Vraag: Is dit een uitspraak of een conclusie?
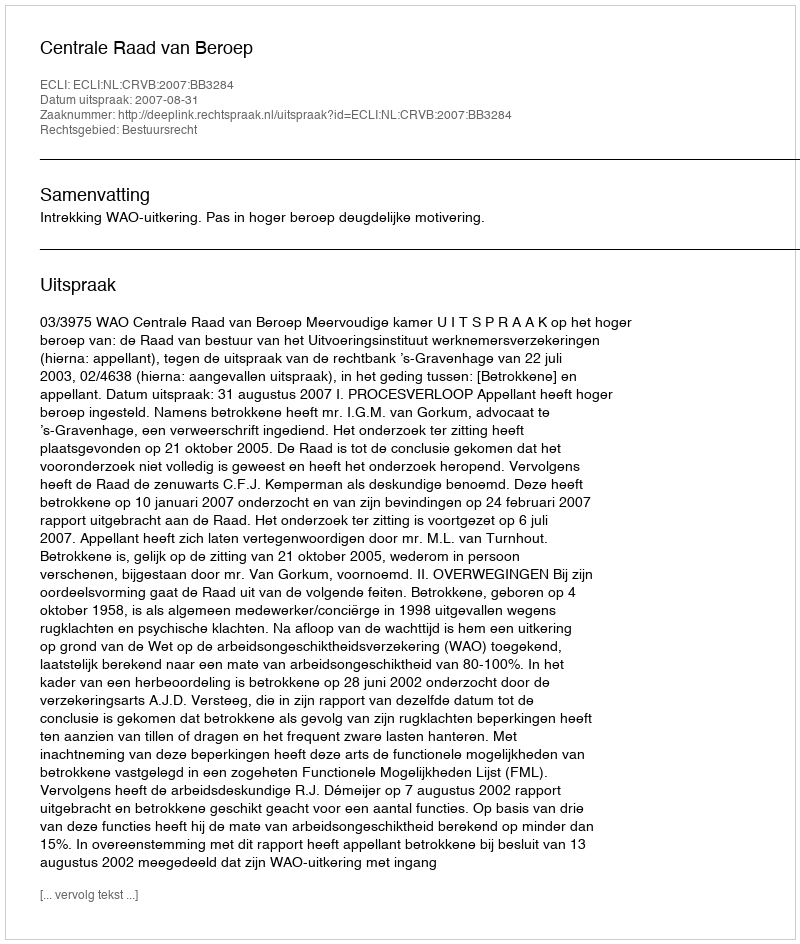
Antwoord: Uitspraak